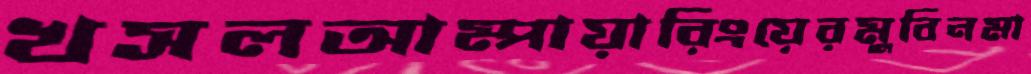
খসলআম্পায়ারিংয়েরমুবিনমা